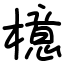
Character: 檍